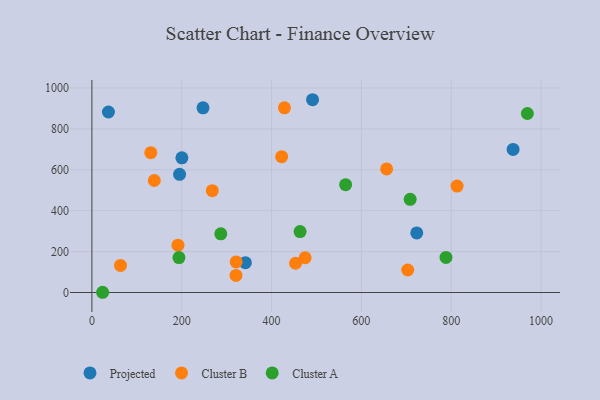
{"axis": {"x": "Speed", "y": "Salary"}, "legend": ["Cluster A", "Cluster B", "Projected"], "data": [{"x": "247.4", "y": 902.8, "type": "Projected"}, {"x": "341.7", "y": 145.7, "type": "Projected"}, {"x": "491.3", "y": 942.5, "type": "Projected"}, {"x": "195.2", "y": 578.0, "type": "Projected"}, {"x": "200.4", "y": 658.5, "type": "Projected"}, {"x": "937.8", "y": 699.6, "type": "Projected"}, {"x": "36.8", "y": 882.6, "type": "Projected"}, {"x": "723.3", "y": 291.2, "type": "Projected"}, {"x": "813.1", "y": 520.5, "type": "Cluster B"}, {"x": "656.2", "y": 604.1, "type": "Cluster B"}, {"x": "63.7", "y": 132.4, "type": "Cluster B"}, {"x": "138.9", "y": 547.7, "type": "Cluster B"}, {"x": "422.5", "y": 664.3, "type": "Cluster B"}, {"x": "321.2", "y": 149.4, "type": "Cluster B"}, {"x": "703.2", "y": 109.9, "type": "Cluster B"}, {"x": "474.8", "y": 169.8, "type": "Cluster B"}, {"x": "320.8", "y": 83.4, "type": "Cluster B"}, {"x": "131.1", "y": 683.8, "type": "Cluster B"}, {"x": "268.1", "y": 498.0, "type": "Cluster B"}, {"x": "191.6", "y": 231.2, "type": "Cluster B"}, {"x": "428.7", "y": 902.8, "type": "Cluster B"}, {"x": "453.4", "y": 143.1, "type": "Cluster B"}, {"x": "193.8", "y": 170.9, "type": "Cluster A"}, {"x": "969.6", "y": 875.2, "type": "Cluster A"}, {"x": "788.4", "y": 171.4, "type": "Cluster A"}, {"x": "287.0", "y": 287.1, "type": "Cluster A"}, {"x": "23.9", "y": 1.1, "type": "Cluster A"}, {"x": "708.6", "y": 455.3, "type": "Cluster A"}, {"x": "463.5", "y": 297.8, "type": "Cluster A"}, {"x": "564.9", "y": 527.0, "type": "Cluster A"}]}